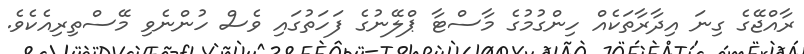
ރާއްޖޭގެ ގިނަ އިދާރާތަކެއް ހިންގުމުގެ މާސްޓާ ޕްލޭނުގެ ފަހަތުގައި ވެސް ހުންނެވި މޭސްތިރިއެކެވެ.